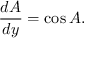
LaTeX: { \frac { d A } { d y } } = \cos A .